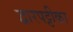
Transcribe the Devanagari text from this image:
द्वारपट्टीका